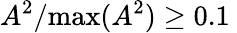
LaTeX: A^{2}/\mathrm{max}(A^{2})\geq 0.1\